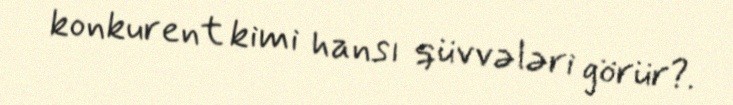
konkurent kimi hansı qüvvələri görür?.